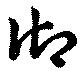
御